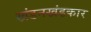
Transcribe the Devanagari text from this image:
खंडनखंडकार